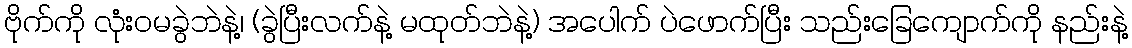
ဗိုက်ကို လုံးဝမခွဲဘဲနဲ့၊ (ခွဲပြီးလက်နဲ့ မထုတ်ဘဲနဲ့) အပေါက် ပဲဖောက်ပြီး သည်းခြေကျောက်ကို နည်းနဲ့